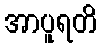
အာပူရတိ